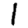
Digit: 1